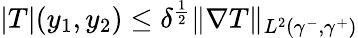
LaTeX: \begin{array}{r}{|T|(y_{1},y_{2})\leq\delta^{\frac{1}{2}}\| \nabla T\| _{L^{2}(\gamma^{-},\gamma^{+})}}\end{array}